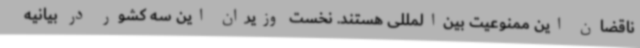
ناقضان این ممنوعیت بین‌المللی هستند. نخست وزیران این سه کشور در بیانیه